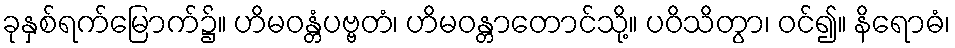
ခုနှစ်ရက်မြောက်၌။ ဟိမဝန္တံပဗ္ဗတံ၊ ဟိမဝန္တာတောင်သို့။ ပဝိသိတွာ၊ ဝင်၍။ နိရောဓံ၊